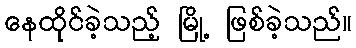
နေထိုင်ခဲ့သည့် မြို့ ဖြစ်ခဲ့သည်။